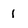
Character: 1